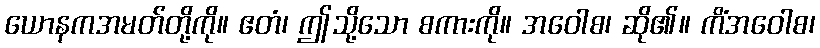
ယောနကအမတ်တို့ကို။ ဧတံ၊ ဤသို့သော စကားကို။ အဝေါစ၊ ဆို၏။ ကိံအဝေါစ၊